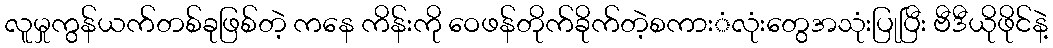
လူမှုကွန်ယက်တစ်ခုဖြစ်တဲ့ ကနေ ကိန်းကို ဝေဖန်တိုက်ခိုက်တဲ့စကားံလုံးတွေအသုံးပြုပြီး ဗီဒီယိုဖိုင်နဲ့